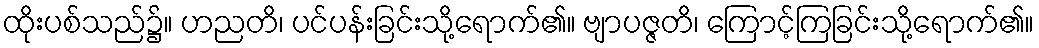
ထိုးပစ်သည်၌။ ဟညတိ၊ ပင်ပန်းခြင်းသို့ရောက်၏။ ဗျာပဇ္ဇတိ၊ ကြောင့်ကြခြင်းသို့ရောက်၏။